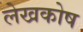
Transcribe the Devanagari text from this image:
लेखकोष